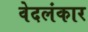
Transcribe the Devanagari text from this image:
वेदलंकार